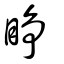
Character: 睜